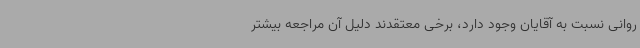
روانی نسبت به آقایان وجود دارد، برخی معتقدند دلیل آن مراجعه بیشتر